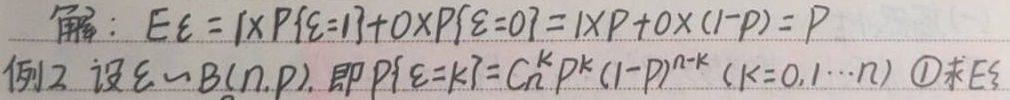
解：
\[
\begin{align*}
E\xi&=1\times P\{\xi = 1\}+0\times P\{\xi = 0\}\\
&=1\times p+0\times(1 - p)\\
&=p
\end{align*}
\]

例2 设\(\xi\sim B(n,p)\)，即\(P\{\xi = k\}=C_{n}^{k}p^{k}(1 - p)^{n - k}\ (k = 0,1,\cdots,n)\) \textcircled{1}求\(E\xi\)